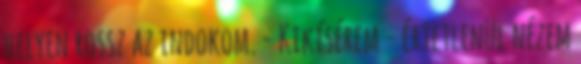
helyen rossz az indokom. - Kikísérem - értetlenül nézem